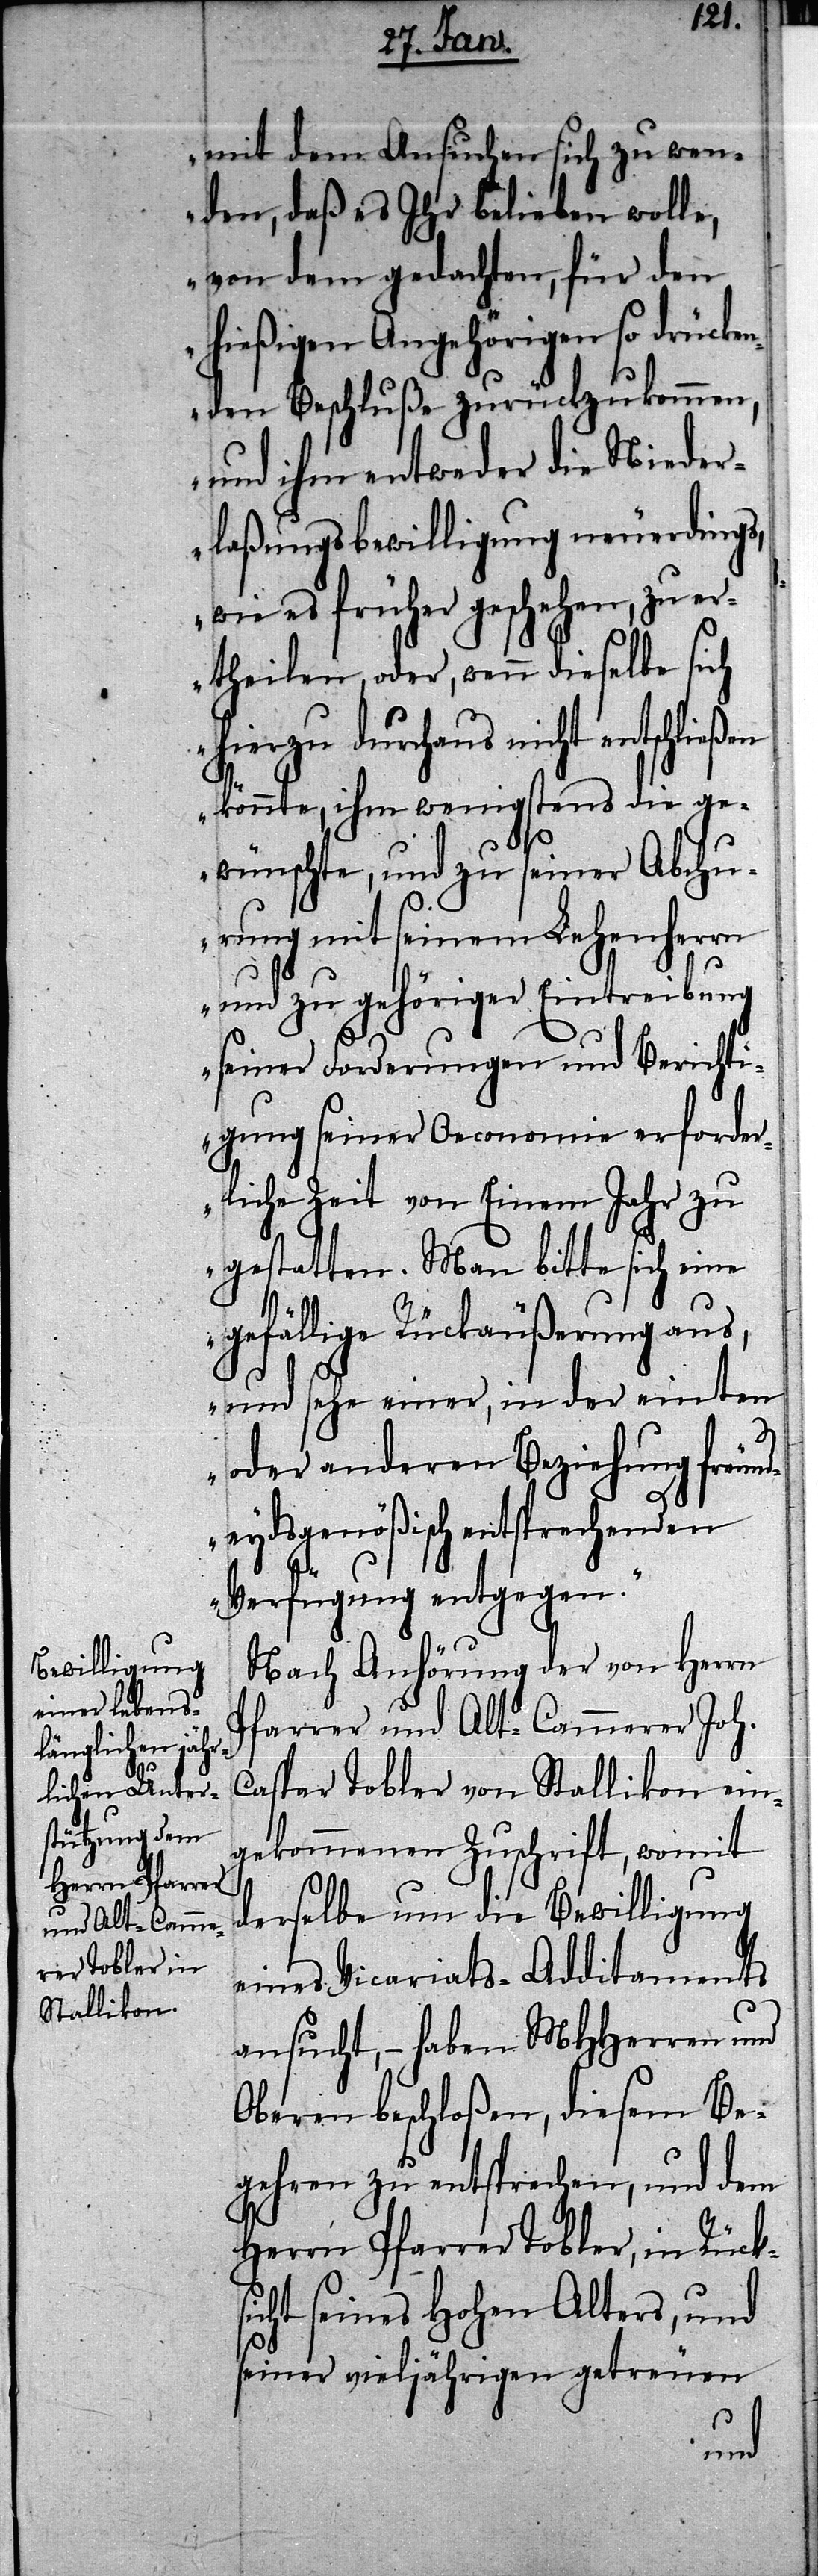
mit dem Ansuchen sich zu wen¬
den, daß es Ihr belieben wolle,
von dem gedachten, für den
hießigen Angehörigen so drücke¬
nden Beschluße zurückzukommen,
und ihm entweder die Nieder¬
laßungsbewilligung neuerdings,
wie es früher geschehen, zu er¬
theilen, oder, wenn dieselbe sich
hierzu durchaus nicht entschlie¬
könnte, ihm wenigstens die ge¬
wünschte, und zu seiner Abchu¬
rung mit seinem Lehenherrn
und zu gehöriger Eintreibung
seiner Forderungen und Berichti¬
gung seiner Oeconomie erforder¬
liche Zeit von Einem Jahr zu
gestatten. Man bitte sich eine
gefällige Rückäußerung aus,
und sehe einer, in der einten
oder anderen Beziehung freun¬
deydsgenößisch entsprechenden
Verfügung entgegen.“
Nach Anhörung der von Herrn
Pfarrer und Alt-Cammerer Joh.
Caspar Tobler von Stallikon ein¬
gekommenen Zuschrift, womit
derselbe um die Bewilligung
eines Vicariats-Additaments
ansucht, – haben MHHerren und
Oberen beschloßen, diesem Be¬
gehren zu entsprechen, und dem
Herrn Pfarrer Tobler, in Rücks¬
icht seines Hohen Alters, und
seiner vieljährigen getreuen
ßen